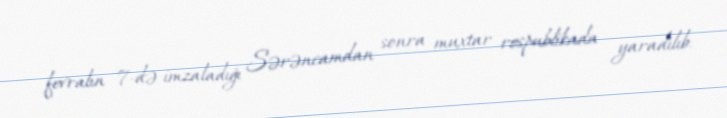
fevralın 7-də imzaladığı Sərəncamdan sonra muxtar respublikada yaradılıb.